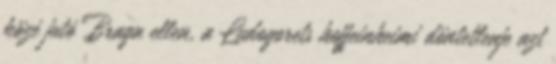
közé jutó Braga ellen, a Ludogorets hoffeinheimi döntetlenje azt